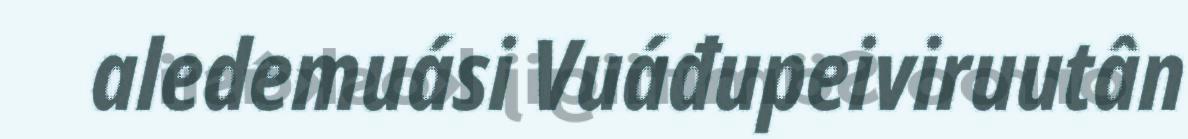
aledemuási Vuáđupeiviruutân